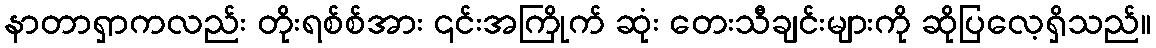
နာတာရှာကလည်း တိုးရစ်စ်အား ၎င်းအကြိုက် ဆုံး တေးသီချင်းများကို ဆိုပြလေ့ရှိသည်။